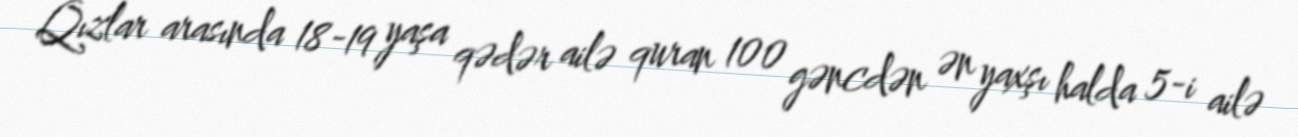
Qızlar arasında 18-19 yaşa qədər ailə quran 100 gəncdən ən yaxşı halda 5-i ailə